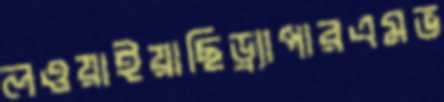
লওয়াইয়াছিড্র্যাপারএমভ